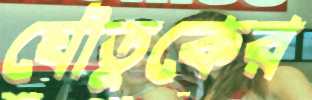
যৌতুকের